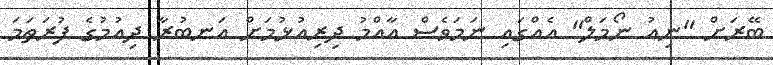
ބޭރަށް "ނިއު ނޯމަލް" އެއްގައި ނަމަވެސް އާއްމު ދިރިއުޅުމަށް އަނބުރާ ދިއުމުގެ ފުރަތަމަ